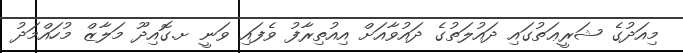
މިއަދުގެ ޝަރީޢަތުގައި ދައުލަތުގެ ދައުވާއަށް އިއުތިރާފު ވެފައި ވަނީ ށ.ގޮއިދޫ މަލާޒް މުހައްމަދު